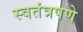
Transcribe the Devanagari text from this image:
स्‍वतंत्रपणे